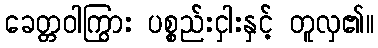
ခေတ္တဝါကြွား ပစ္စည်းငှါးနှင့် တူလှ၏။